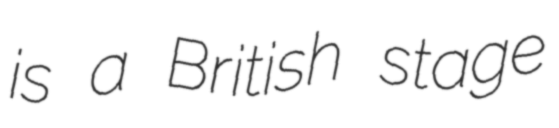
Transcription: is a British stage